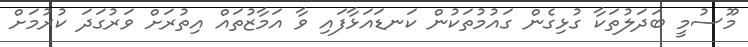
މޫސުމީ ބަދަލުތަކާ ގުޅިގެން ގައުމުތަކުން ކަނޑައަޅާފައި ވާ އަމާޒުތައް އިތުރަށް ވަރުގަދަ ކުރުމަށް